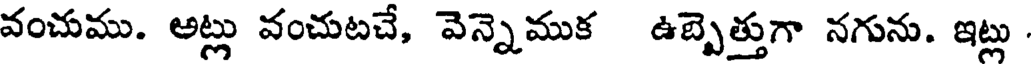
వంచుము. అట్లు వంచుటచే, వెన్నెముక ఉబ్బెత్తుగా నగును. ఇట్లు